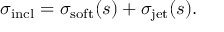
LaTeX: \sigma _ { \mathrm { i n c l } } = \sigma _ { \mathrm { s o f t } } ( s ) + \sigma _ { \mathrm { j e t } } ( s ) .